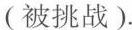
(被挑战).